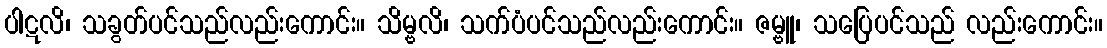
ပါဋလိ၊ သခွတ်ပင်သည်လည်းကောင်း။ သိမ္ဗလိ၊ သက်ပံပင်သည်လည်းကောင်း။ ဇမ္ဗူ၊ သပြေပင်သည် လည်းကောင်း။